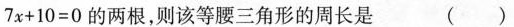
7 x +1 0 = 0$$的两根，则该等腰三角形的周长是 （ ）